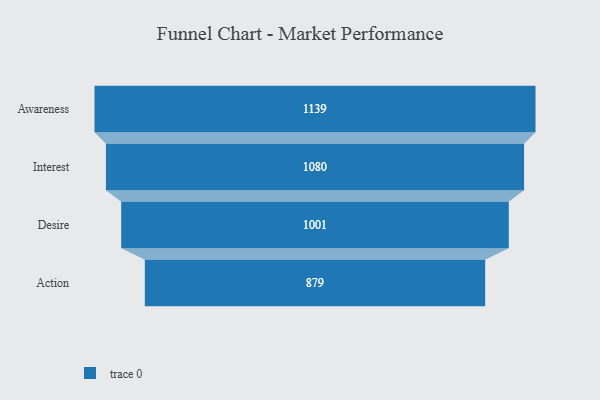
{"axis": {"x": "Stage", "y": "Value"}, "legend": [""], "data": [{"x": "Awareness", "y": 1139.0, "type": ""}, {"x": "Interest", "y": 1080.0, "type": ""}, {"x": "Desire", "y": 1001.0, "type": ""}, {"x": "Action", "y": 879.0, "type": ""}]}